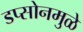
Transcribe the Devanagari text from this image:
डप्सोनमुळे